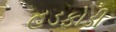
હડફોડી